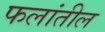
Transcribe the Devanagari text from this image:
फलांतील